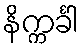
နိက္ကင်္ခါ